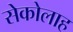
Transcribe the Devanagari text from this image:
सेकोलाह